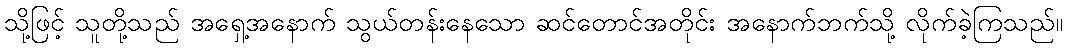
သို့ဖြင့် သူတို့သည် အရှေ့အနောက် သွယ်တန်းနေသော ဆင်တောင်အတိုင်း အနောက်ဘက်သို့ လိုက်ခဲ့ကြသည်။